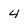
Character: 4